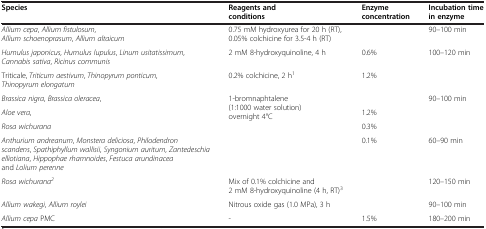
<table><thead><tr><td><b>Species</b></td><td><b>Reagents and conditions</b></td><td><b>Enzyme concentration</b></td><td><b>Incubation time in enzyme</b></td></tr></thead><tbody><tr><td><i>Allium cepa</i>, <i>Allium fistulosum</i>, <i>Allium schoenoprasum</i>, <i>Allium altaicum</i></td><td>0.75 mM hydroxyurea for 20 h (RT), 0.05% colchicine for 3.5-4 h (RT)</td><td>[EMPTY_CELL]</td><td>90–100 min</td></tr><tr><td><i>Humulus japonicus</i>, <i>Humulus lupulus</i>, <i>Linum usitatissimum</i>, <i>Cannabis sativa</i>, <i>Ricinus communis</i></td><td>2 mM 8-hydroxyquinoline, 4 h</td><td>0.6%</td><td>100–120 min</td></tr><tr><td>Triticale, <i>Triticum aestivum</i>, <i>Thinopyrum ponticum</i>, <i>Thinopyrum elongatum</i></td><td>0.2% colchicine, 2 h<sup>1</sup></td><td>1.2%</td><td>[EMPTY_CELL]</td></tr><tr><td><i>Brassica nigra</i>, <i>Brassica oleracea</i>,</td><td rowspan="4">1-bromnaphtalene (1:1000 water solution) overnight 4°C</td><td>[EMPTY_CELL]</td><td>90–100 min</td></tr><tr><td><i>Aloe vera</i>,</td><td>1.2%</td><td>[EMPTY_CELL]</td></tr><tr><td><i>Rosa wichurana</i></td><td>0.3%</td><td>[EMPTY_CELL]</td></tr><tr><td><i>Anthurium andreanum</i>, <i>Monstera deliciosa</i>, <i>Philodendron scandens</i>, <i>Spathiphyllum wallisii</i>, <i>Syngonium auritum</i>, <i>Zantedeschia elliotiana</i>, <i>Hippophae rhamnoides</i>, <i>Festuca arundinacea</i> and <i>Lolium perenne</i></td><td>0.1%</td><td>60–90 min</td></tr><tr><td><i>Rosa wichurana</i><sup><i>2</i></sup></td><td>Mix of 0.1% colchicine and 2 mM 8-hydroxyquinoline (4 h, RT)<sup>3</sup></td><td>[EMPTY_CELL]</td><td>120–150 min</td></tr><tr><td><i>Allium wakegi</i>, <i>Allium roylei</i></td><td>Nitrous oxide gas (1.0 MPa), 3 h</td><td>[EMPTY_CELL]</td><td>90–100 min</td></tr><tr><td><i>Allium cepa</i> PMC</td><td>-</td><td>1.5%</td><td>180–200 min</td></tr></tbody></table>